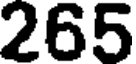
265